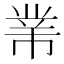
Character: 𢄁